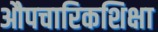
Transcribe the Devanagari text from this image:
औपचारिकशिक्षा